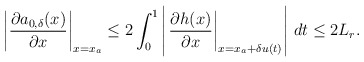
\begin{align*}\left|\dfrac{\partial a_{0,\delta}(x)}{\partial x}\right|_{x = x_a}\le 2 \int_0^1 \left|\left.\dfrac{\partial h(x)}{\partial x} \right|_{x = x_a+\delta u(t)} \right|\, dt \le 2 L_r. \end{align*}